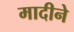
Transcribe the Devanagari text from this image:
मादीने